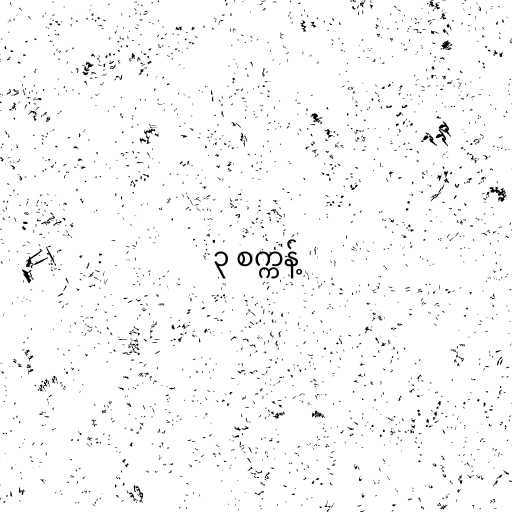
၃ စက္ကန့်